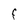
Character: F